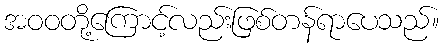
အဝဝတို့ကြောင့်လည်းဖြစ်တန်ရာပေသည်။